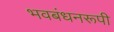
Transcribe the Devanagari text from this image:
भवबंधनरूपी